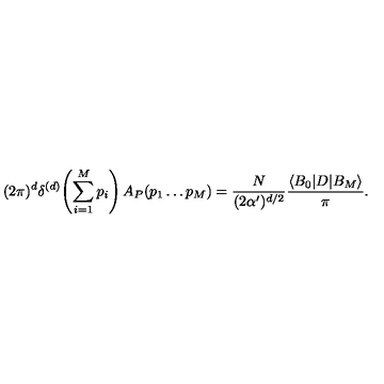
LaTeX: ( 2 \pi ) ^ { d } \delta ^ { ( d ) } \! \left( \sum _ { i = 1 } ^ { M } p _ { i } \right) A _ { P } ( p _ { 1 } \dots p _ { M } ) = \frac { N } { ( 2 \alpha ^ { \prime } ) ^ { d / 2 } } \frac { \langle B _ { 0 } | D | B _ { M } \rangle } { \pi } .